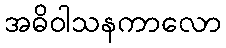
အဓိဝါသနကာလော